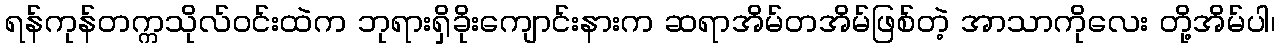
ရန်ကုန်တက္ကသိုလ်ဝင်းထဲက ဘုရားရှိခိုးကျောင်းနားက ဆရာအိမ်တအိမ်ဖြစ်တဲ့ အာသာကိုလေး တို့အိမ်ပါ၊